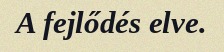
A fejlődés elve.